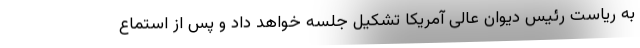
به ریاست رئیس دیوان عالی آمریکا تشکیل جلسه خواهد داد و پس از استماع